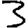
Digit: 3